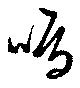
鳴